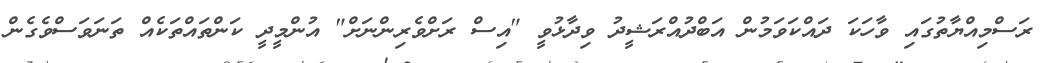
ރަސްމިއްޔާތުގައި ވާހަކަ ދައްކަވަމުން އަބްދުއްރަޝީދު ވިދާޅުވީ "އިސް ރަށްވެރިންނަށް" އުންމީދީ ކަންތައްތަކެއް ތަނަވަސްވެގެން